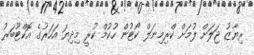
ރިޔާޒު ޖަލަށް ލުމަށް ކްރިމިނަލް ކޯޓުން ހުކުމް ކުރީ މިިދިޔަ އަހަރުގެ އޮކްޓޫބަރު